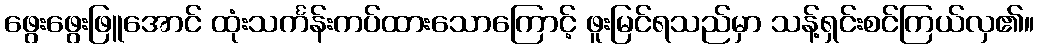
ဖွေးဖွေးဖြူအောင် ထုံးသင်္ကန်းကပ်ထားသောကြောင့် ဖူးမြင်ရသည်မှာ သန့်ရှင်းစင်ကြယ်လှ၏။